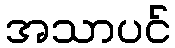
အသာပင်